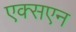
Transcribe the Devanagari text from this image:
एक्सएन